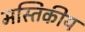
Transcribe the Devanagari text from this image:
मस्तिकीय